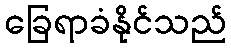
ခြေရာခံနိုင်သည်